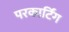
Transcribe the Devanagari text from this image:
परकार्टिंग